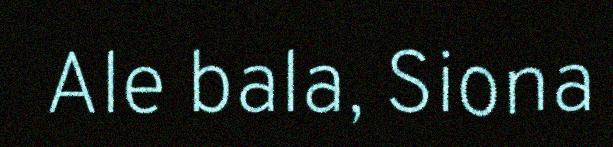
Ale bala, Siona